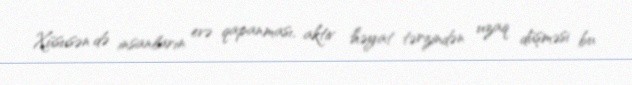
Xüsusən də insanların evə qapanması, aktiv həyat tərzindən uzaq düşməsi bu